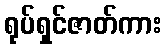
ရုပ်ရှင်ဇာတ်ကား